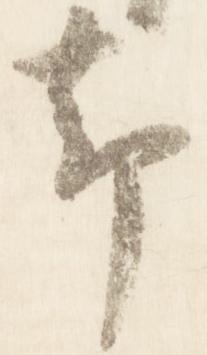
却